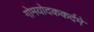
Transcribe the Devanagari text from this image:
गोमयोदककर्दमे